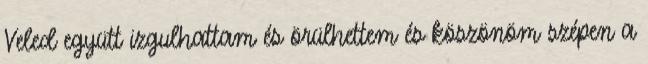
Veled együtt izgulhattam és örülhettem és köszönöm szépen a